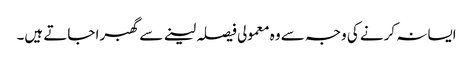
ایسا نہ کرنے کی وجہ سے وہ معمولی فیصلہ لینے سے گھبرا جاتے ہیں۔